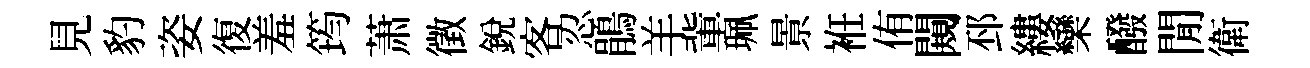
見豹姿復羞筠萧徵銳客忍鵑羊軰珮㬌袵侑闚邳縷欒醱閒衛